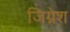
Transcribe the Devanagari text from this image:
जिग्नेश